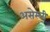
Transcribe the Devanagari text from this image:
असेम्ली